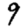
Digit: 9